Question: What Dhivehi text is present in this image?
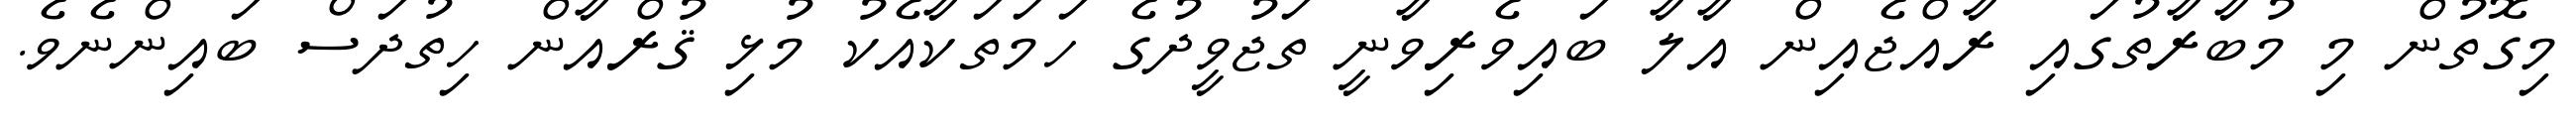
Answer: މިގޮތުން މި މުބާރާތުގައި ރާއްޖެއިން އާލާ ބައިވެރިވާނީ ތަޖުވީދުގެ ހަމަތަކާއެކު މުޅި ޤުރްއާން ހިތުދަސް ބައިންނެވެ.